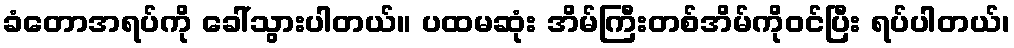
ခံတောအရပ်ကို ခေါ်သွားပါတယ်။ ပထမဆုံး အိမ်ကြီးတစ်အိမ်ကိုဝင်ပြီး ရပ်ပါတယ်၊